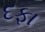
દફા